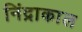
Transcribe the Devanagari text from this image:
निंद्राकाल